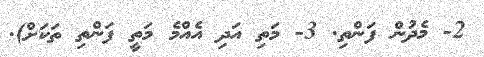
2- މެދުން ފަންތި. 3- މަތި އަދި އެއްމެ މަތީ ފަންތި ތަކަށް).